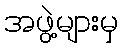
အဖွဲ့များမှ